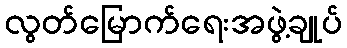
လွတ်မြောက်ရေးအဖွဲ့ချုပ်